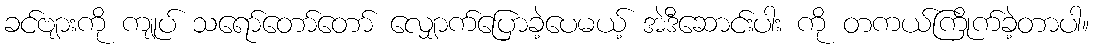
ခင်ဗျားကို ကျုပ် သရော်တော်တော် လျှောက်ပြောခဲ့ပေမယ့် အဲဒီဆောင်းပါး ကို တကယ်ကြိုက်ခဲ့တာပါ။